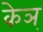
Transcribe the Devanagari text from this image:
केञ्